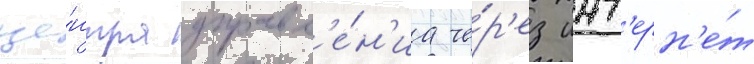
це́нтра управл'е́н'иа че́р'ез инт'ерн'е́т